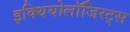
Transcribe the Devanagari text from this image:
इक्थियोलॉजिस्ट्स